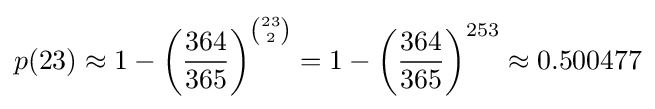
p(23)\approx 1-\left({\frac {364}{365}}\right)^{\binom {23}{2}}=1-\left({\frac {364}{365}}\right)^{253}\approx 0.500477